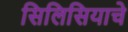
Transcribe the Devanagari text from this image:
सिलिसियाचे